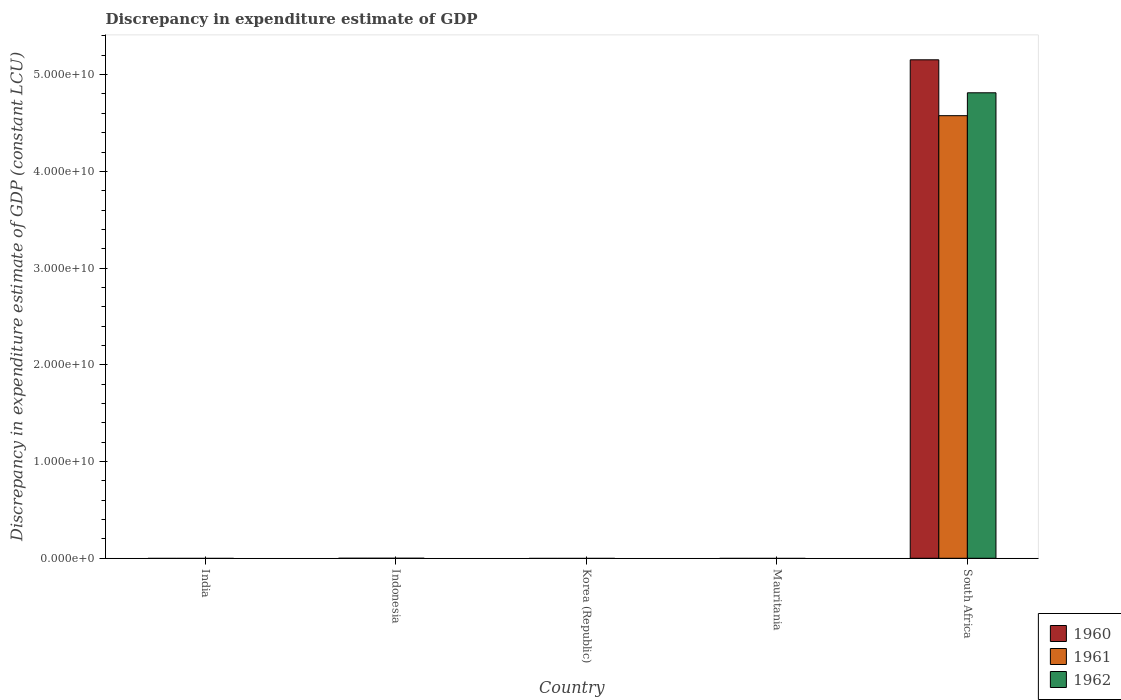
| Country | 1960 | 1961 | 1962 |
 | --- | --- | --- | --- |
 | India | -4.92e+10 | -5.39e+10 | -7.39e+10 |
 | Indonesia | -2.23e+06 | -2.42e+06 | -1.4e+06 |
 | Korea (Republic) | -1.64e+13 | -1.66e+13 | -1.73e+13 |
 | Mauritania | -6.24e+12 | -1.32e+13 | -1.6e+13 |
 | South Africa | 5.15e+10 | 4.58e+10 | 4.81e+10 |